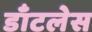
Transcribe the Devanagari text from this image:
डाँटलेस